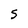
Character: S